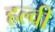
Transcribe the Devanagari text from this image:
हल्वी